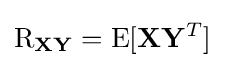
\operatorname {R} _{\mathbf {X} \mathbf {Y} }=\operatorname {E} [\mathbf {X} \mathbf {Y} ^{T}]